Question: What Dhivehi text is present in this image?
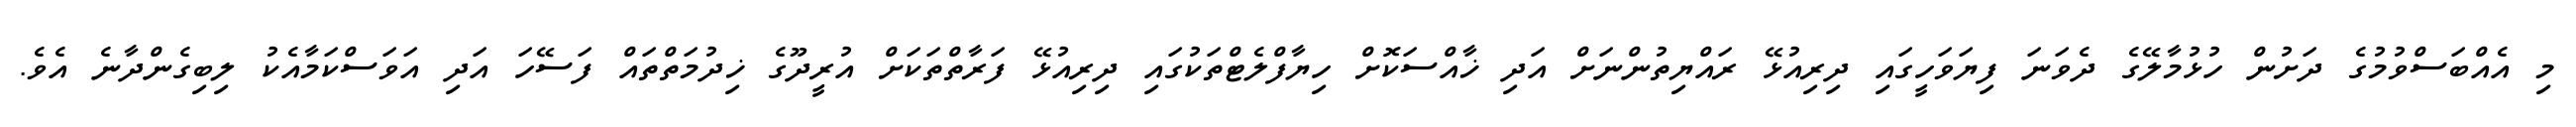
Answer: މި އެއްބަސްވުމުގެ ދަށުން ހުޅުމާލޭގެ ދެވަނަ ފިޔަވަހީގައި ދިރިއުޅޭ ރައްޔިތުންނަށް އަދި ޚާއްސަކޮށް ހިޔާފްލެޓްތަކުގައި ދިރިއުޅޭ ފަރާތްތަކަށް އުރީދޫގެ ޚިދުމަތްތައް ފަސޭހަ އަދި އަވަސްކަމާއެކު ލިބިގެންދާނެ އެވެ.